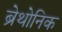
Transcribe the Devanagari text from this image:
ब्रेथोनिक